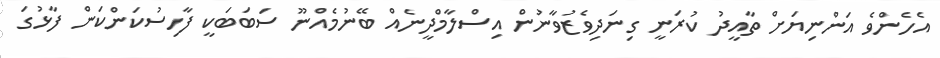
އެހެންވެ އަންނިޔަށް ތާއީދު ކުރަނީ ގިނަދިވެޒުވާނުން އިސްލާމްދީނެއް ބޭނުމެއްނޫ ސަބަބަކީ ފާހިސުކަންކަން ފާޅުގަ